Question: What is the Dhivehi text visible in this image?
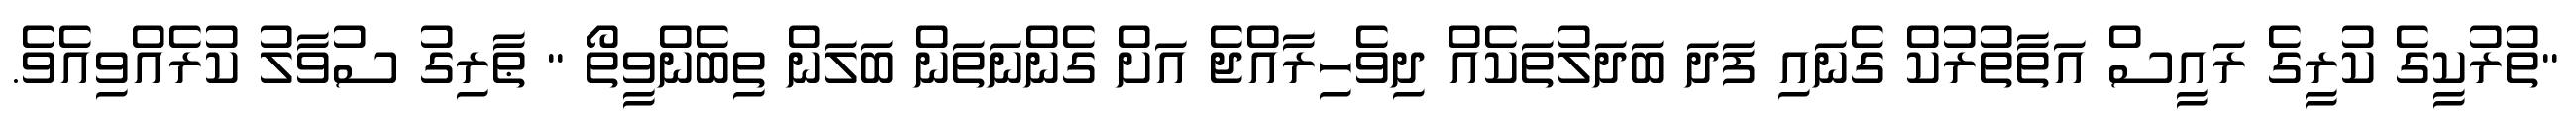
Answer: "ތުރުކީގެ ކުރީގެ ރައީސް އަތާތުރުކް ގެނައި ފަދަ ބަދަލުތަކެއް ދިވެހިރާއްޖެ އަށް ގެންނަތަން ބަލަން ތިބެންވީތޯ " ޠާރިގު ސުވާލު ކުރެއްވިއެވެ.